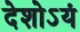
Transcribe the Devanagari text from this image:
देशोऽयं